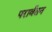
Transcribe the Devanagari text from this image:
परार्वतन